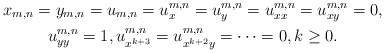
\begin{gather*}x_{m,n}=y_{m,n}=u_{m,n}=u_{x}^{m,n}=u_{y}^{m,n}=u_{xx}^{m,n}=u_{xy}^{m,n}=0,\\ u_{yy}^{m,n}=1,u_{x^{k+3}}^{m,n}=u_{x^{k+2}y}^{m,n}=\cdots=0,k\geq 0.\end{gather*}